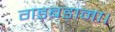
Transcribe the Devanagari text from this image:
गड़बड़ाना।